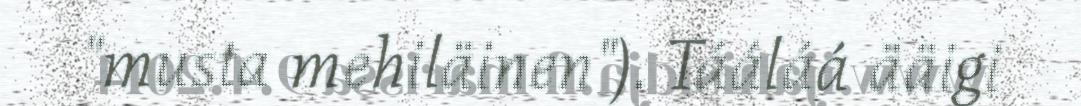
"musta mehiläinen"). Tááláá ääigi